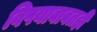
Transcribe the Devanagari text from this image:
विषयाबाबतही